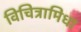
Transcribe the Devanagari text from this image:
विचित्रामिधा